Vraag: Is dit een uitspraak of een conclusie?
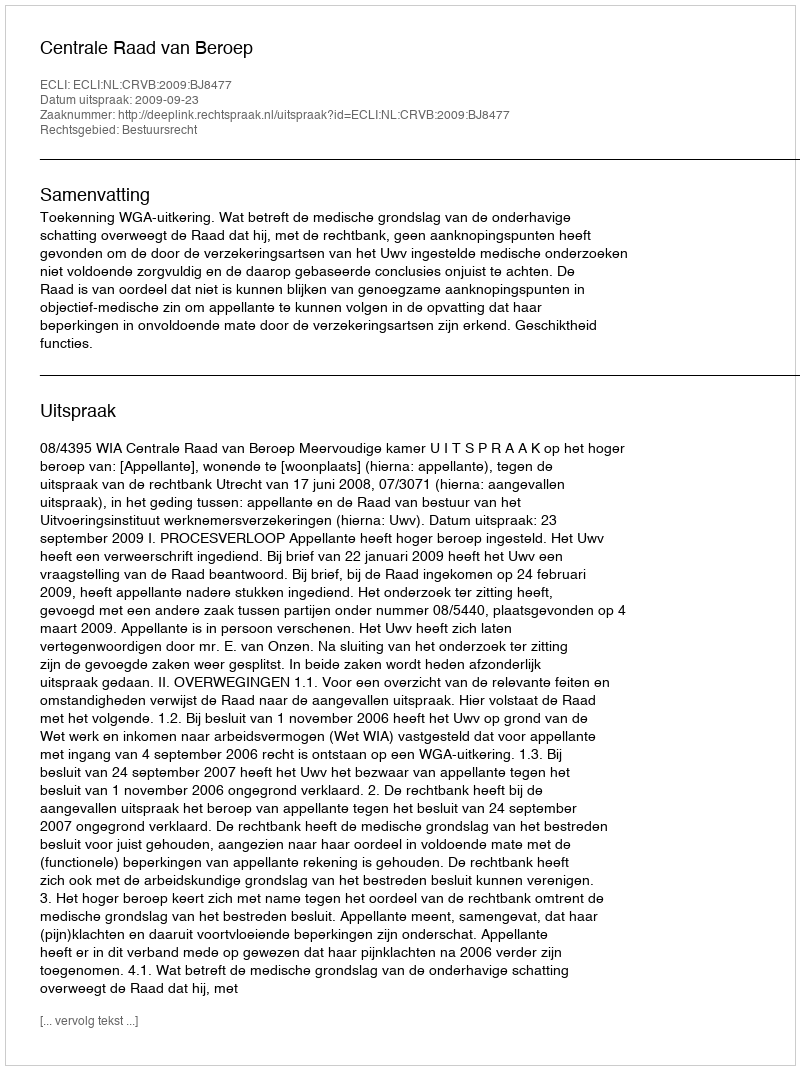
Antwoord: Uitspraak